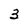
Character: 3